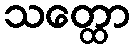
သတ္ထော